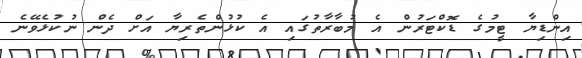
އިންޑިޔާ ޓީމުގެ ޑޮކްޓަރުން އެ މުބާރާތުގައި އެ ކުޅުންތެރިޔާ އަށް ދެން ނުކުޅެވޭނެ